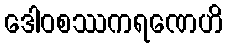
ဒေါဝစဿကရဏေဟိ